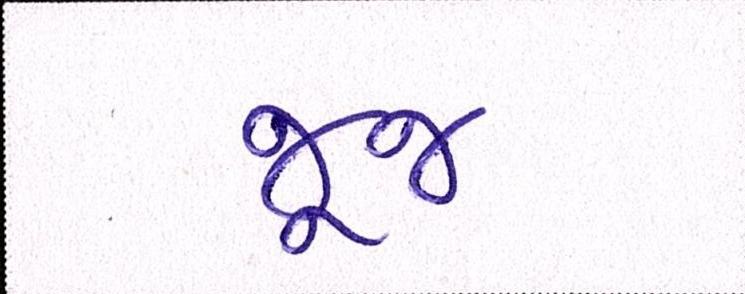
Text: જૂજ